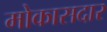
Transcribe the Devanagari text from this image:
मोकासदार